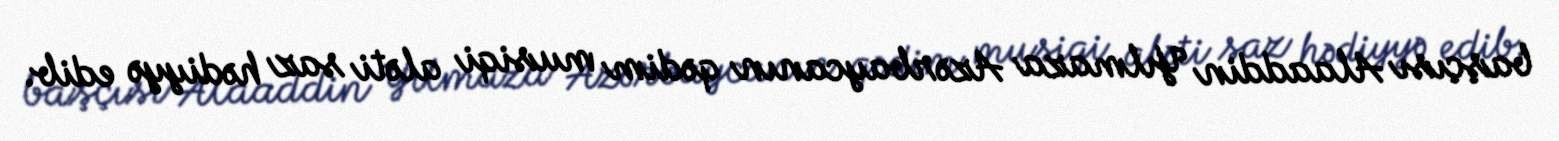
başçısı Alaaddin Yılmaza Azərbaycanın qədim musiqi aləti saz hədiyyə edib.